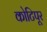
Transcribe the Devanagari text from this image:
कोटिपूर